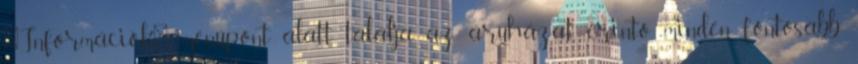
"Információk" menüpont alatt találja az áruházat érintő minden fontosabb